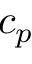
c _ { p }